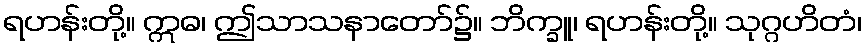
ရဟန်းတို့။ ဣဓ၊ ဤသာသနာတော်၌။ ဘိက္ခူ၊ ရဟန်းတို့။ သုဂ္ဂဟိတံ၊